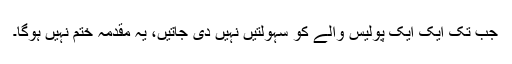
جب تک ایک ایک پولیس والے کو سہولتیں نہیں دی جاتیں، یہ مقدمہ ختم نہیں ہوگا۔